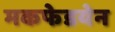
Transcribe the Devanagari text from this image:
मकफेडयेन